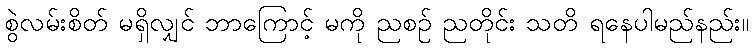
စွဲလမ်းစိတ် မရှိလျှင် ဘာကြောင့် မကို ညစဉ် ညတိုင်း သတိ ရနေပါမည်နည်း။